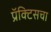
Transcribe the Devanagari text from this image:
प्रॅक्‍टिसचा